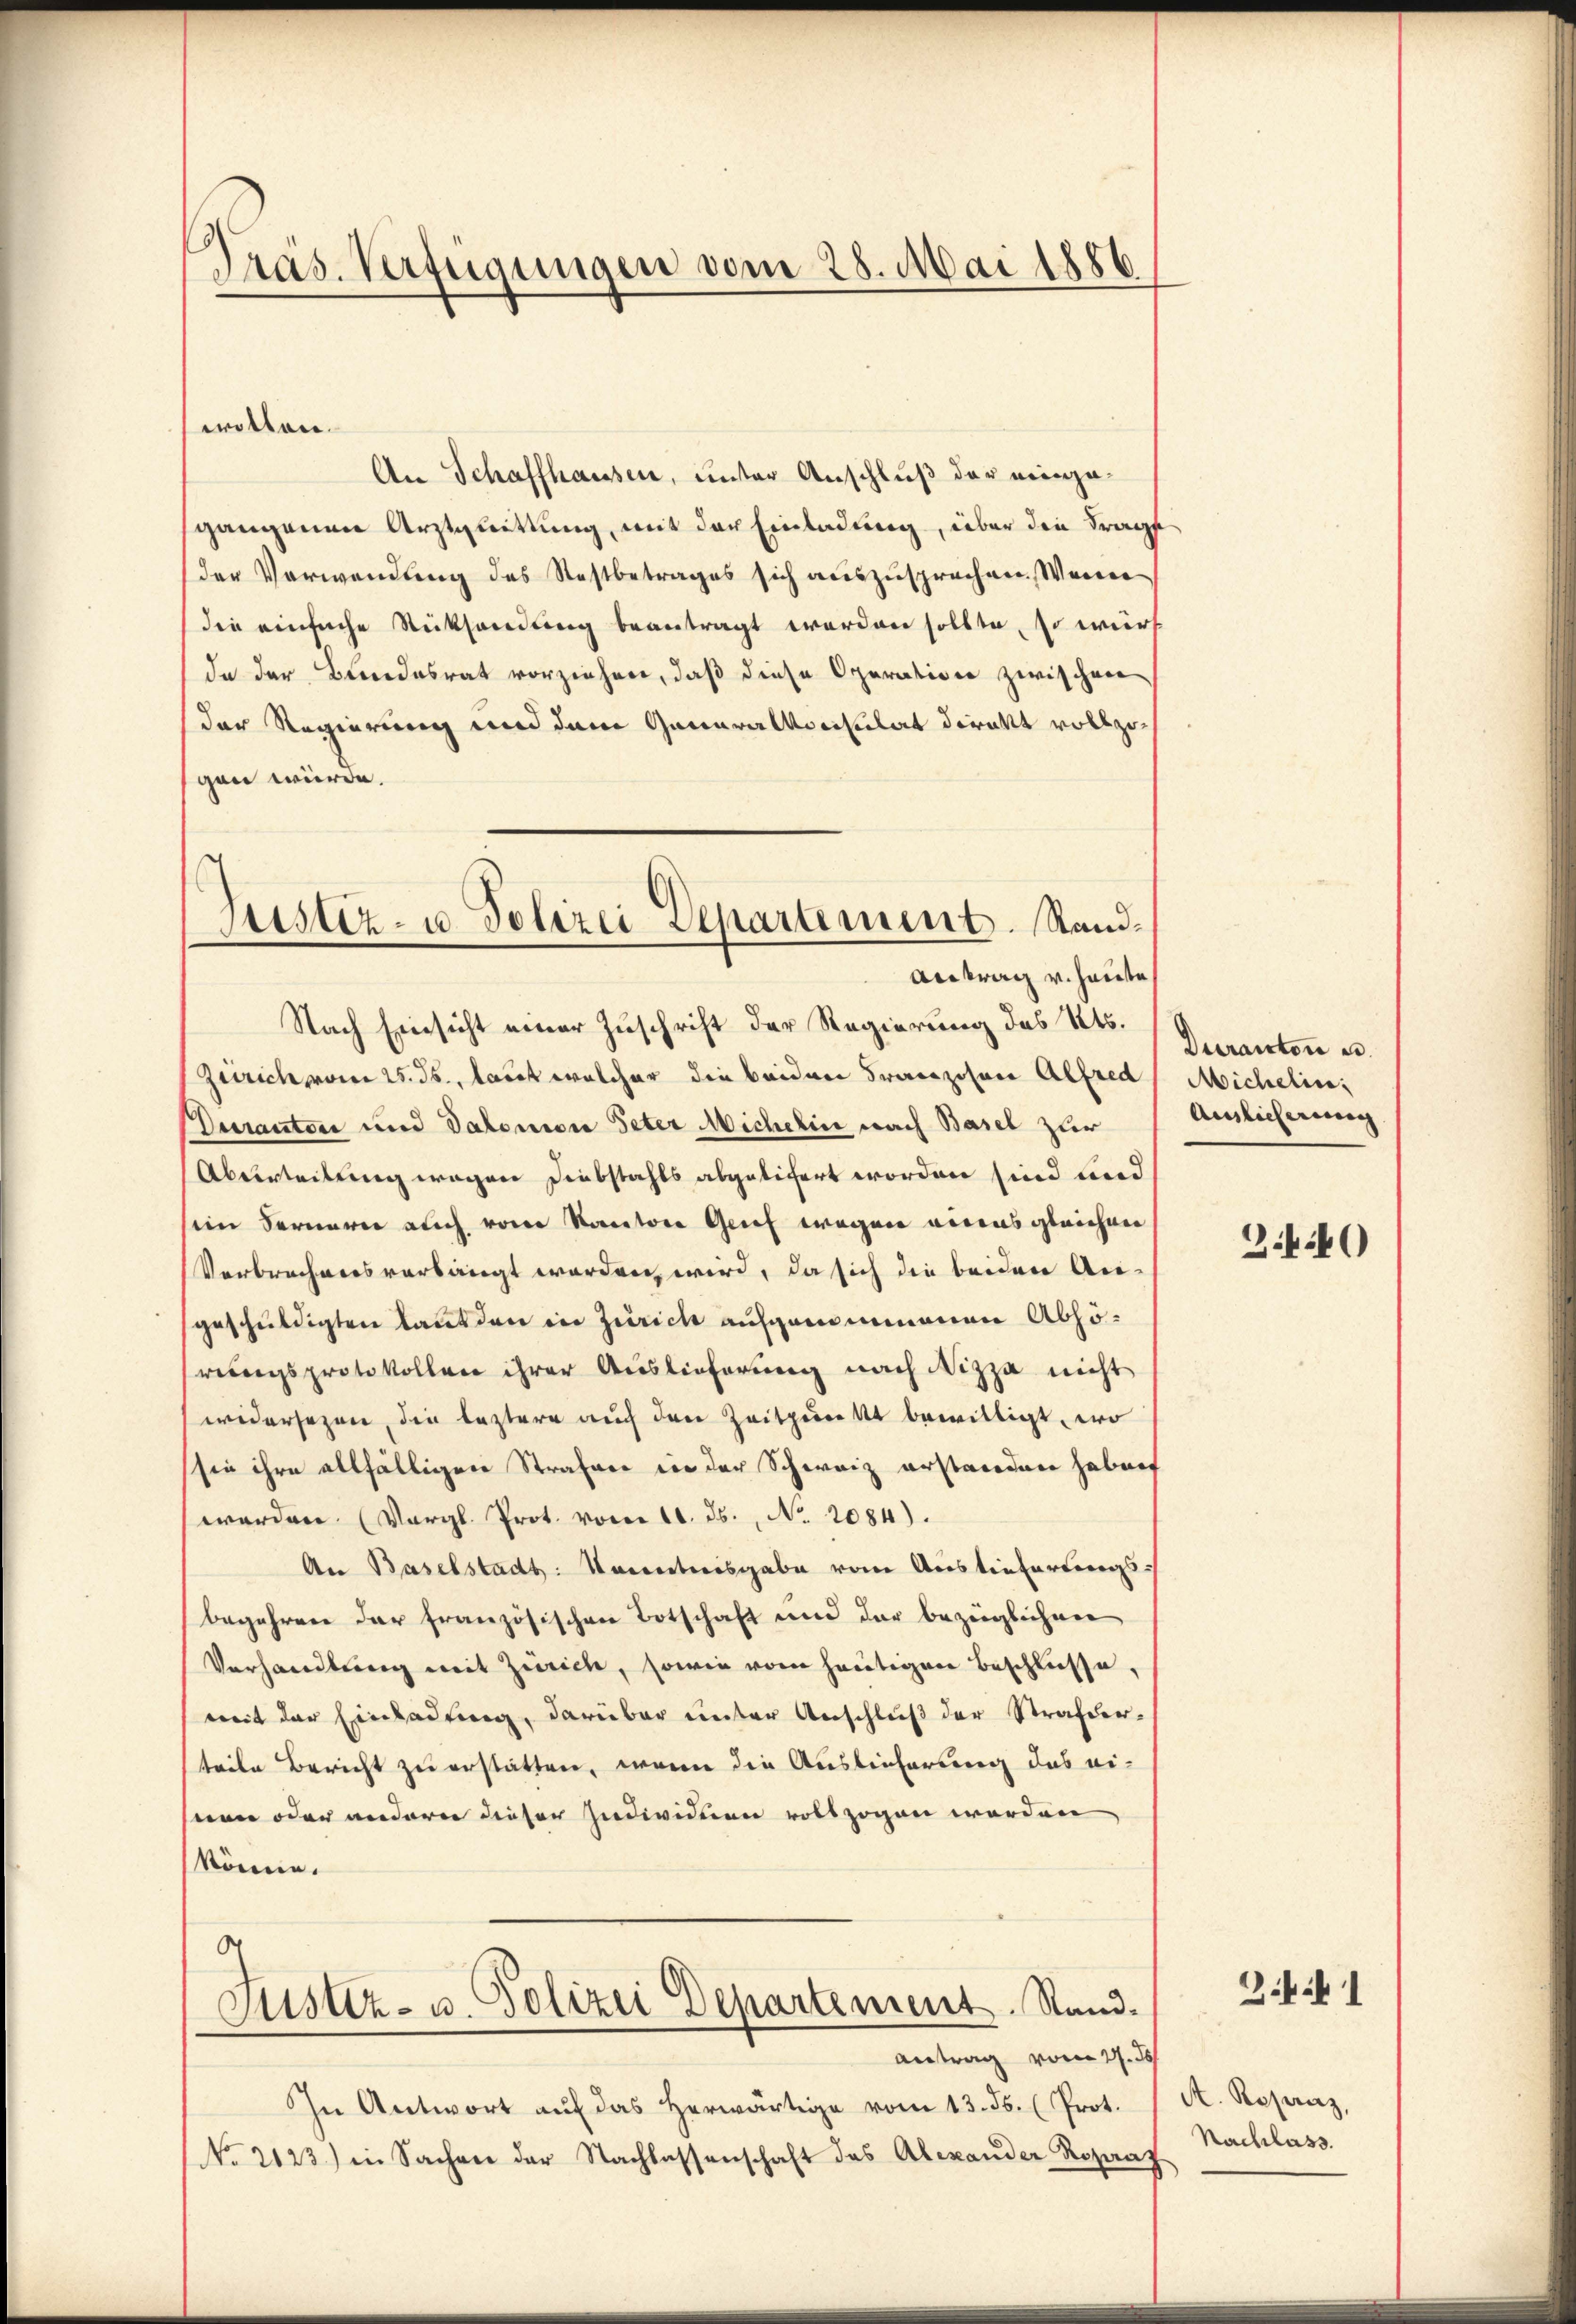
Präs. Verfügungen vom 28. Mai 1886

An Schaffhausen, unter Anschluß der einzusgangenen Arztquittung, mit der Einladung, über die Frage
der Verwendung des Restbetrages sich auszusprechen. Wenn
die einfache Rücksendung beantragt worden sollte, so würd
da der Bundesrat vorziehen, daß diese Operation zwischen
der Regierung und dem Generalkonsulat direkt vollzugen würde.
Nach Einsicht einer Zuschrift der Regierung des Kts.
Zürich vom 25. ds., laut welcher die beiden Franzosen Alfred, Michelin,
Dutrauten und Salomon Peter Michelin nach Basel zur
Überteilung wegen Diebstahls abgeliert worden sind und
im Fernern auch vom Kanton Genf wegen eines gleichen
Verbrechners verlangt worden wird, da sich die beiden Angeschuldigten kant den in Zürich aufgenommenen Abhöreungsprotokollen ihrer Auslieferung nach Nizza nicht
widersezen, die leztere auch den Zeitpunkt bewilligt, wo
sie ihre allfälligen Strafare in der Schweiz erstandern haben
werden. (Vergl. Prot. vom 10. ds., No. 2084).
An Baselstadt: Kenntnisgabe vom Auslieferungs-
begehren der französischen Botschaft und der bezüglichen
Verhandlung mit Zürich, sowie vom heutigen Beschlüsse,
mit der Einladung, darüber unter Anschluß der Strafder-
teile Bericht zu erstatten, wenn die Auslieferung das ei-
een oder anderer dieser Individuen vollzogen werden
könne.
g
Justiz- u. Polizei Departement. Stand.
Antrag vom 21. ds
In Antwort aŭf das herwärtige vom 13. ds. (Prot.
No. 2123) in Sachen der Nachlassenschaft das Alexander Rozaaz

wollen.

Justiz- u. Polizei Departement. Stand¬
Antrag v. Hause

Duranton er
Auslicherung

2.40

341

A. Reparaz,
Nachlass.